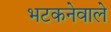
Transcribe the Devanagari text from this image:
भटकनेवाले